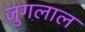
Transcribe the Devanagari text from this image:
जुगलाल